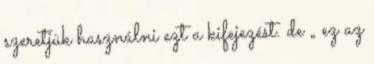
szeretjük használni ezt a kifejezést. de „ ez az